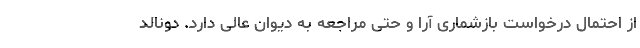
از احتمال درخواست بازشماری آرا و حتی مراجعه به دیوان عالی دارد. دونالد